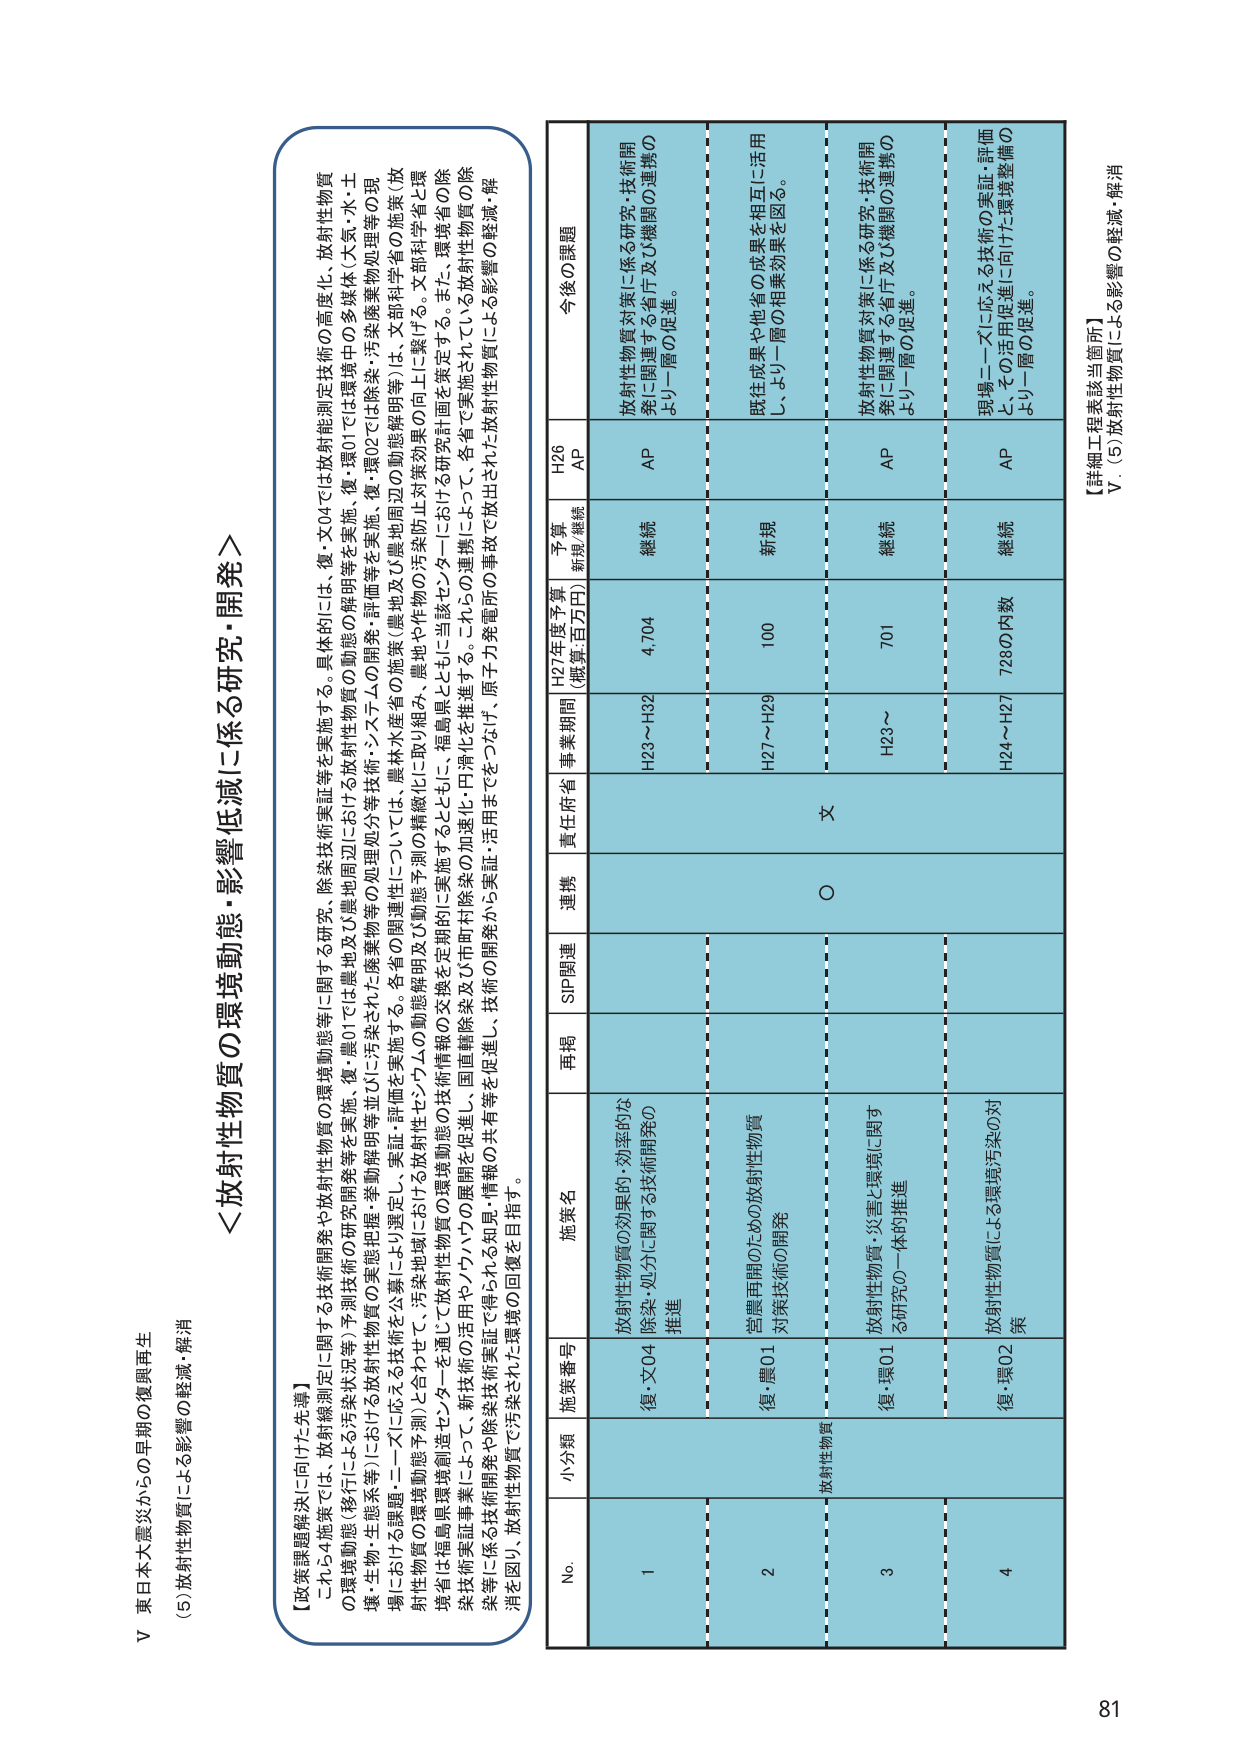
V 東日本大震災からの早期の復興再生
(5) 放射性物質による影響の軽減・解消

【政策課題解決に向けた先導】
これ4施策では、放射線測定に関する技術開発や放射性物質の環境動態等に関する研究、除染技術実証等を実施する。具体的には、復・文04では放射能測定技術の高度化、放射性物質の環境動態（移行による汚染状況等）予測技術の研究開発等を実施、復・農01では農地及び農地周辺における放射性物質の動態の解明等を実施、復・環01では環境中の多様体（大气・水・土壌・生物・生態系等）における放射性物質の実態把握・季節動態等並びに汚染された廃棄物等の処理処分等技術・システムの開発・評価等を実施、復・環02では除染・汚染廃棄物処理等の現場における課題・ニーズに応える技術を公表し、実証・評価を実施する。各省の関連性については、農林水産省の施策（農地及び農地周辺の動態解明等）は、文部科学省の施策（放射性物質の環境動態予測）と合わせて、汚染地域における放射性物質の環境動態及び動態解明及び動態予測の精度向上対策効果の向上に繋げる。文部科学省と環境省は福島県環境創造センターを通じて放射性物質の技術情報の交換を定期的に実施するとともに、福島県とともに当該センターにおいて研究計画を策定する。また、環境省の除染技術実証事業によって、新技術の活用やノウハウの展開を促進し、国直轄除染及び市町村除染の加速化・円滑化を推進する。これらの連携によって、各省で実施されている放射性物質の除染等に係る技術開発や除染技術実証で得られる知見・情報の共有等を促進し、技術の開発から実証・活用までをつなげ、原子力発電所の事故に放出された放射性物質による影響の軽減・解消を図り、放射性物質で汚染された環境の回復を目指す。

＜放射性物質の環境動態・影響低減に係る研究・開発＞

No. 小分類 施策番号 施策名 再掲 SIP関連 連携 責任府省 事業期間 H27年度予算 （概算：百万円） 予算 新規/継続 H26 AP 今後の課題

1 放射性物質 復・文04 放射性物質の効果的・効率的な除染・処分に関する技術開発の推進 H23～H32 4,704 継続 AP 放射性物質対策に係る研究・技術開発に関連する省庁及び機関の連携のより一層の促進。

2 復・農01 営農再開のための放射性物質対策技術の開発 H27～H29 100 新規 既往成果や他省の成果を相互に活用し、より一層の相乗効果を図る。

3 復・環01 放射性物質・災害と環境に関する研究の一体的推進 H23～ 701 継続 AP 放射性物質対策に係る研究・技術開発に関連する省庁及び機関の連携のより一層の促進。

4 復・環02 放射性物質による環境汚染の対策 H24～H27 7,280 内数 継続 AP 現場ニーズに応える技術の実証・評価と、その活用促進に向けた環境整備のより一層の促進。

【詳細工程表該当箇所】
V. (5) 放射性物質による影響の軽減・解消

81